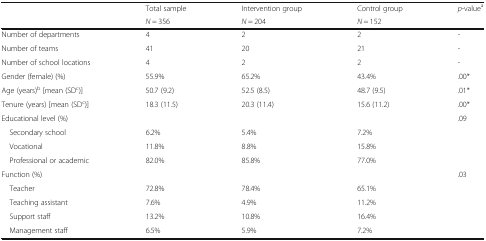
<table><thead><tr><td rowspan="2"></td><td><b>Total sample</b></td><td><b>Intervention group</b></td><td><b>Control group</b></td><td rowspan="2"><b><i>p</i>-value<sup>a</sup></b></td></tr><tr><td><b><i>N</i> = 356</b></td><td><b><i>N</i> = 204</b></td><td><b><i>N</i> = 152</b></td></tr></thead><tbody><tr><td>Number of departments</td><td>4</td><td>2</td><td>2</td><td>-</td></tr><tr><td>Number of teams</td><td>41</td><td>20</td><td>21</td><td>-</td></tr><tr><td>Number of school locations</td><td>4</td><td>2</td><td>2</td><td>-</td></tr><tr><td>Gender (female) (%)</td><td>55.9%</td><td>65.2%</td><td>43.4%</td><td>.00*</td></tr><tr><td>Age (years)<sup>b</sup> [mean (SD<sup>c</sup>)]</td><td>50.7 (9.2)</td><td>52.5 (8.5)</td><td>48.7 (9.5)</td><td>.01*</td></tr><tr><td>Tenure (years) [mean (SD<sup>c</sup>)]</td><td>18.3 (11.5)</td><td>20.3 (11.4)</td><td>15.6 (11.2)</td><td>.00*</td></tr><tr><td colspan="4">Educational level (%)</td><td>.09</td></tr><tr><td> Secondary school</td><td>6.2%</td><td>5.4%</td><td>7.2%</td><td></td></tr><tr><td> Vocational</td><td>11.8%</td><td>8.8%</td><td>15.8%</td><td></td></tr><tr><td> Professional or academic</td><td>82.0%</td><td>85.8%</td><td>77.0%</td><td></td></tr><tr><td colspan="4">Function (%)</td><td>.03</td></tr><tr><td> Teacher</td><td>72.8%</td><td>78.4%</td><td>65.1%</td><td></td></tr><tr><td> Teaching assistant</td><td>7.6%</td><td>4.9%</td><td>11.2%</td><td></td></tr><tr><td> Support staff</td><td>13.2%</td><td>10.8%</td><td>16.4%</td><td></td></tr><tr><td> Management staff</td><td>6.5%</td><td>5.9%</td><td>7.2%</td><td></td></tr></tbody></table>